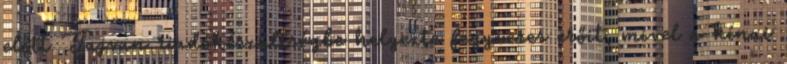
előtt Tajvan riadókészültségbe helyezte fegyveres erőit, mivel a kínai